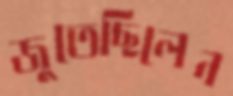
জুতেছিলেন